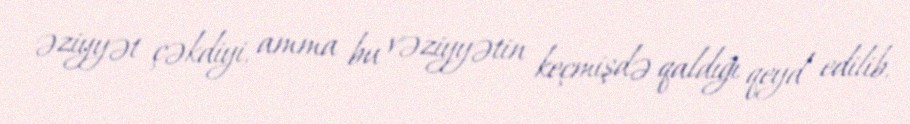
əziyyət çəkdiyi, amma bu vəziyyətin keçmişdə qaldığı qeyd edilib.